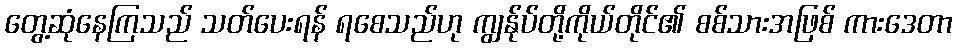
တွေ့ဆုံနေကြသည် သတ်ပေးရန် ရစေသည်ဟု ကျွန်ုပ်တို့ကိုယ်တိုင်၏ စစ်သားအဖြစ် ကားဒေတာ